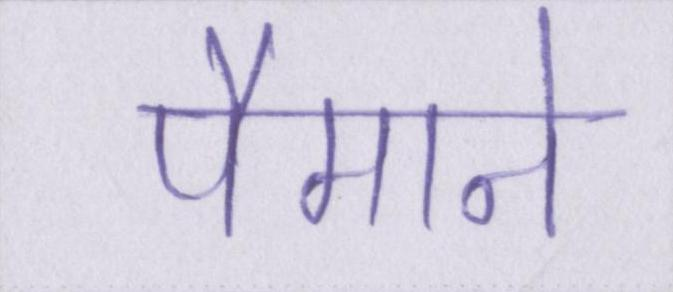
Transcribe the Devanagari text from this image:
पैमाने